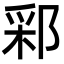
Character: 䣋